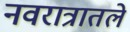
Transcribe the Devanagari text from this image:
नवरात्रातले